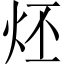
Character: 𤇨